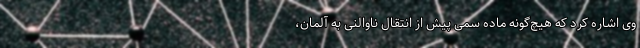
وی اشاره کرد که هیچ‌گونه ماده سمی پیش از انتقال ناوالنی به آلمان،